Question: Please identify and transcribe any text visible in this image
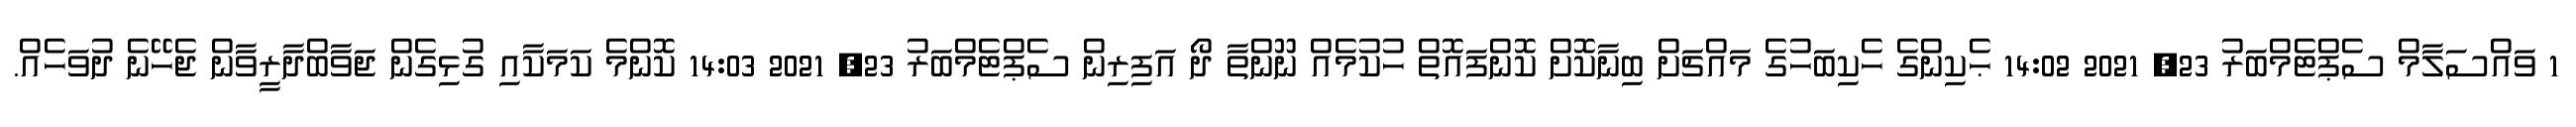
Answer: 1 ވައްސަލާމް ސެޕްޓެމްބަރު 23, 2021 14:02 ޙެކިންގެ ހެކިބަހުގެ މައްޗަށް ބިނާކޮށް ކޮންފައޮތް ހުކުމެއް ނޫންތާ ދޯ އަފިރިން ސެޕްޓެމްބަރު 23, 2021 14:03 ކޮންމެ ކަމަކާއި ގުޅިގެން ޖަވާބްދާރީވާން ޖެހޭނެ ދުވަހެއް.